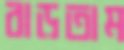
বাড়তাম